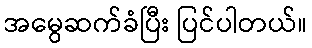
အမွေဆက်ခံပြီး ပြင်ပါတယ်။